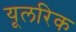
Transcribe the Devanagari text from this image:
यूलरिक